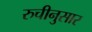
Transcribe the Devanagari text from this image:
रुचीनुसार